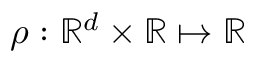
\rho : \mathbb { R } ^ { d } \times \mathbb { R } \mapsto \mathbb { R }